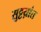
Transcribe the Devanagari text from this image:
सुट्टय़ांत